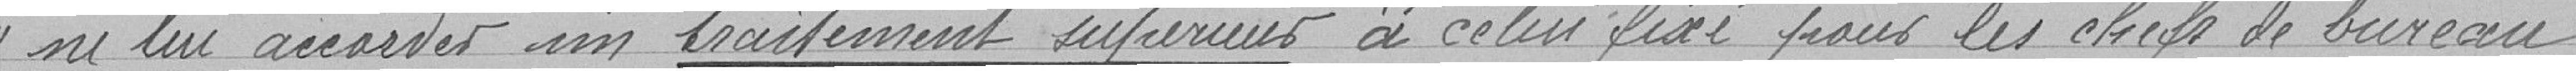
" ne lui accorder un traitement supérieur à celui fixé pour les chefs de bureau